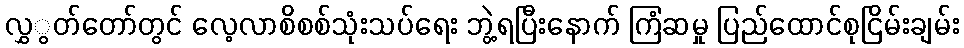
လွှွတ်တော်တွင် လေ့လာစိစစ်သုံးသပ်ရေး ဘွဲ့ရပြီးနောက် ကြံဆမှု ပြည်ထောင်စုငြိမ်းချမ်း